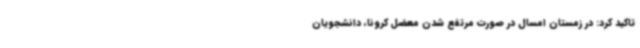
تاکید کرد: در زمستان امسال در صورت مرتفع شدن معضل کرونا، دانشجویان